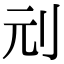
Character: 刓